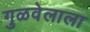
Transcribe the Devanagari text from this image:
गुळवेलाला